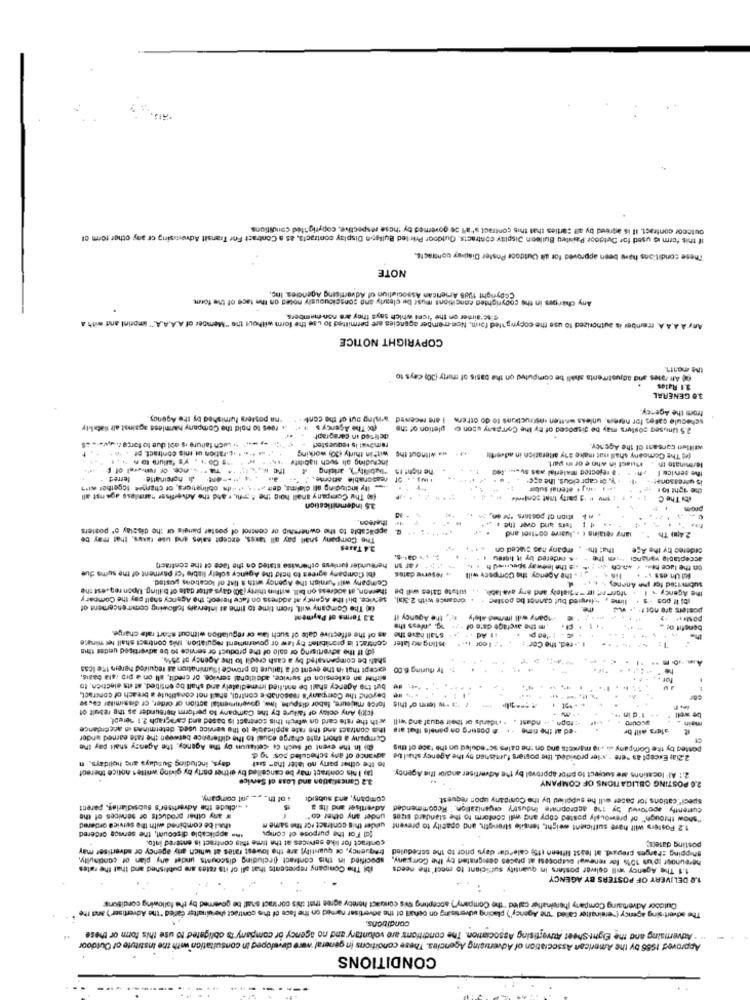
outecor contract. Il is agreed by all parties that this contract s'all ze governed by these respective, copyrighted conditions
If this form is used for Outdoor Painteu Bulleon Display contracts. Outdoor Printed Bullgon Display contracts, as a Contract For Transit Advertising or any other form ci
These conditions have been approved for all Outdoor Poster Display contracts.
NOTE
of Advertising Agencies, Inc.
Copyright 1988 American Association of Advertising Agencies, In
copyrighted concitions must be clearly and sonscicuously noses on the tace of the form.
" ad'aimer on the 'Icet which says they are non-members.
Any A A.A.A member is authorized 10 use the copyrighted form, Non-member agencies are permitted to use the form without the "Member of A.A.A.A." imprint and with a
COPYRIGHT NOTICE
e computed on the basis of mirty (30) cays to
renta ahvali
3.1 Rates
30 GENERAL
from the Agency
"na posters furnished by the Agency,
schedule calles for nereis, unless antten astructions to do others I are received wining out of the cont.
. rues to hold the Company harmless against all fiatalty
( The Agency's
2.5 Unuseg posters may be disposed of By the Company sson co pletion of the
delived in caragrapt
-- - wich faiture is nol due to force .w ...= $
removal is sequester!
Written consent of the Agency.
.. ... .. ation ut inio contract, pr . * *
Including all such liability
within thirty (30; working
we willnout the
(et The Comoany shall not make any afteratich in advertir
"Tability"), arising il
he right In
. O rejected material was Su .... 400
Musst in who e or in part.
Terminato In
ferret
- ---- 4 d hpreinatte.
reasonable attorne ..
. y. de capr cious. the age.
is areasonet -*
the service I
- ity including all claims, den att it -its oblingtions, or changee together er's
...
.** * ** 34 aterial subur
the ight ior +f
(ag The Company shall hoid the A;pri, . and the Advertiser harmless against all
1 1 1 | :1 party that sontsele
ity The C
35 Indemnification
prom
thereon
Ition of posters " an,
applicable to the ownership of control of poster pangis or the display o' posters
ters and over the . **
The Company shail pay all taxes, except sales and use taxus, that may be
. ...
sary retains e . lusive control and
2.4(m) Th
3.4 Taxes
That the- , moany has sliced on
ordered by the Age
-S ordered by it tisreu 1
acceptable varianci wie the
(bi Company agrees to hold the Agency solely liable for payment of me sums due
hereunder (unless otherwise stated on the face of the contract)
on the luce nes. ( which 4 ; it - the leeway Spowied ht . .
Company will furnish the Agency with a list of locations posted.
.. reserve datos
1 . the Agency, the Compscv will
foi Un.es. ...
submitted for Ine Anoney ". . . "
thereon, at acidress on bill. within thirty (30) days after date of billing. Upon request the
the Agency - 1 . 1for nr; in -* diately and any avalabh, ., itute diles will be
. ordance with 2.3lal, service. blil the Agency at address on face hereof; the Agency shalt pay the Compary
lime , denied but cannot be postee
(a) The Company will, from time to time at intervals following conrencement of
posters are not t. .. V
3.3 Terms of Payment
the Agency If
sparty will immediately
POMIFit
as of the effective date of such las or regulation without short rate charge.
m the average da's of
contract is prohibited By law or government regulation. this contract shall te minare
shall have the
:1 Ad **
(d) If the advertising or sale of the product or service to be advertised under this
Jesting ncr later
1 .+red, the Cor" :
shall be compensated by a cash credit to the Agency of 2544.
except that in the event of a failure to provide iSumination as required herein the loss
ty during 6.00
either an extension of service, additional service, or credit, all on a pro rata basis,
for +
but the Agency shall be ant.fied immediately and shall be entitled, at its electich, to
force majeure, labor dispute, Inw, governmental action of order, or dissimilar casse
beyond the Company's reasonable control, shall not constitute a breach of contract.
(city) Any cclay of failure ty the Campany to perform hereunder as the result of
" "" form of this
with the rate card on which this contract is based and caragraph 2.1 nereof.
: topn . .. ndast . . nidans or their equal and will
I'd in
well
this contract and the rate applicable to the service used, determined in angerdance
-ed at the time . . # posueg on panels that are
alers will br
Company a short rate charge equal to the difference between the rate earned under
(b) in the event of such Ce cellauun by the Agency, the Agency shall pay the
posted by the Company al .19 markets and on the cales so"eduled on the face of this
days, including Susdays anc holidays.
advance of any scheduled pos: 19 d
2.2ia; Except as "ere - aler provided, the posters fumished by the Agency shall be
(a) I his contract may be cancelled by either party By giving written notice thereof
to the other party no later tha" sal
2 .: Al' locations are subject to prior approval by the Advertiser and/or the Agency
3.2 Cancellation and Loss of Service
2.0 POSTING OBLIGATIONS OF COMPANY
. of th. .- ant company.
company, and subsidi
specifications for pacer will he supplied by the Company upon request
. -. Clude the Advertiser's subsidiaries, parent
Advertiser and its a
Currently approved by : 118 appropriate industry organization. " Recommended
w any other products of services of the
"show through" of premoualy posted copy and will conform to the standard sizes under any other co"
thal be combined with the service ordered
gal For the purpose of comps
1.2 Posters will have sufficient weight, tensile strength, and opacity to prevent under this contract for the same
the applicable discount, the service ordered
contract for like services at the time this contract is entered into.
frequency, of quantity) are the lowest rates at which arty agency or advertiser may
Shipping charges prepusd, at least liflenn (15) calendar days prior to the scheduled
posting daters ;.
specified in this contract fincluding discounts under any plan of continuity,
hereuhoor tous 101% for renewal purposesi at praces designated by the Company,
(b) The Company represents that all of its zates are published and that the rates
1.1 The Agency anil deliver posters in quantity sufficient to meet the needs
1.0 DELIVERY OF POSTERS BY AGENCY
Outdoor Advertising Company (hereinafter called "the Company") accepting tvs contact hereby agree that this contract shall be governed by the following conditions
The advertising agency ("ereinalter called "The Agency') placing advertising on Dehall of the advertiser named on the face of the contract the uinafter Called "the Advertiser') and the
conditions.
. . Advertising and the Eight-Sheet Auvertising Association. The conditions are voluntary and no agency or company is obligated to use this form or these
Approved 1956 by the American Association of Advertising Agencies. These conditions in general were developed in consultation with the Institute of Outdoor
CONDITIONS